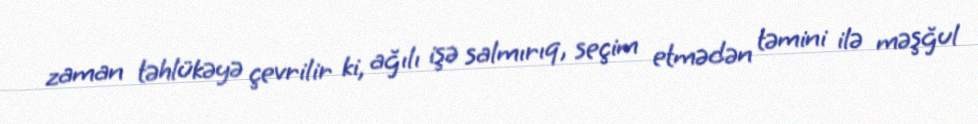
zaman təhlükəyə çevrilir ki, ağılı işə salmırıq, seçim etmədən təmini ilə məşğul